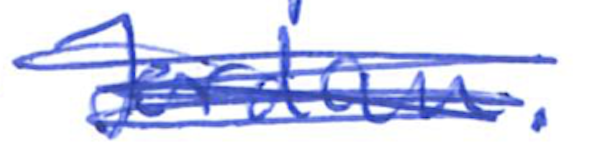
Text: Jordan.
Cross-out: scratch
Writing tool: ballpoint